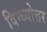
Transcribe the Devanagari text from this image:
विन्ध्योत्तर